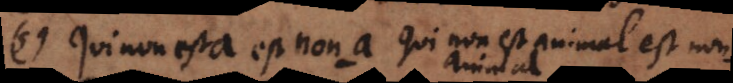
5) Qui non est a est non-a. Qui non est animal est